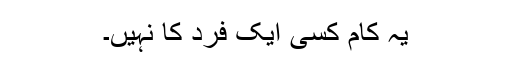
یہ کام کسی ایک فرد کا نہیں۔